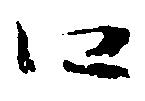
口